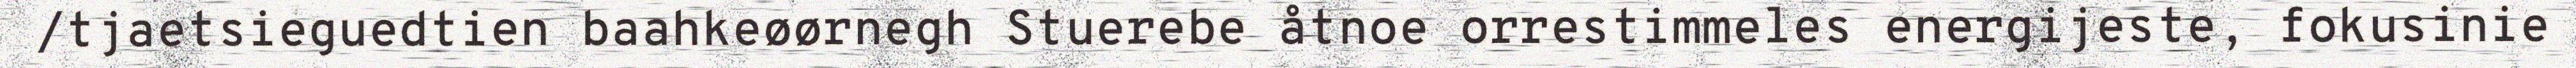
/tjaetsieguedtien baahkeøørnegh Stuerebe åtnoe orrestimmeles energijeste, fokusinie